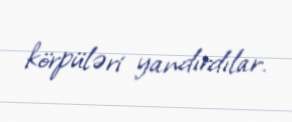
körpüləri yandırdılar.